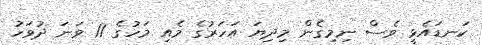
ކަނޑައެޅީ ވެސް ނިމިގެން މިދިޔަ އަހަރުގެ މެއި މަހުގެ 11 ވަނަ ދުވަހު